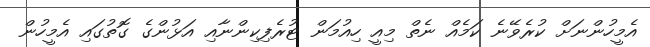
އެމީހުންނަށް ކުރެވޭނެ ކަމެއް ނެތް މިއީ ހިއުމަން ޓުރެފިކިންނާއި އަޅުންގެ ގޮތުގައި އެމީހުން